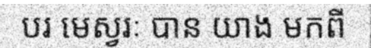
បរ មេស្វរៈ បាន យាង មកពី